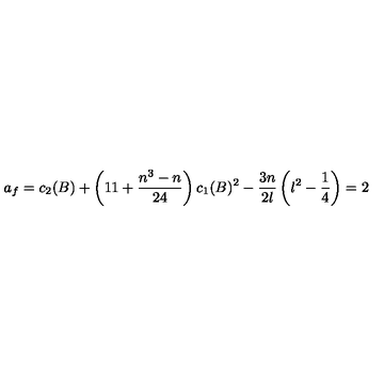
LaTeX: a _ { f } = c _ { 2 } ( B ) + \left( 1 1 + \frac { n ^ { 3 } - n } { 2 4 } \right) c _ { 1 } ( B ) ^ { 2 } - \frac { 3 n } { 2 \l } \left( \l ^ { 2 } - \frac { 1 } { 4 } \right) = 2